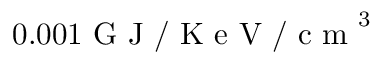
0 . 0 0 1 \mathrm { ~ G ~ J ~ / ~ K ~ e ~ V ~ / ~ c ~ m ~ } ^ { 3 }